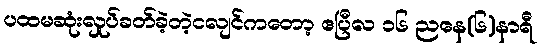
ပထမဆုံးလှုပ်ခတ်ခဲ့တဲ့ငလျင်ကတော့ ဧပြီလ ၁၆ ညနေ(၆)နာရီ